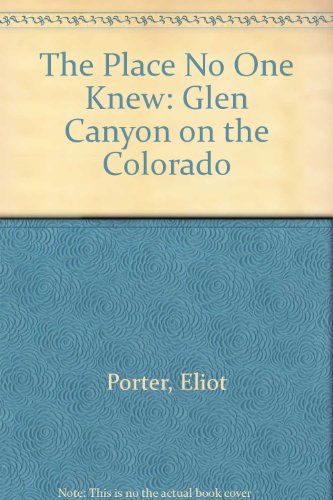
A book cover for The Place No One Knew: Glen Canyon on the Colorado (25th Anniversary Commemorative Edition); Eliot Porter; Sports & Outdoors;